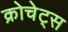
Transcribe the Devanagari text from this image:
क्रोचेट्स